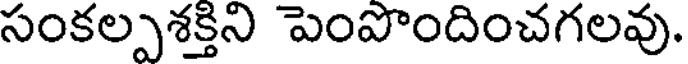
సంకల్పశక్తిని పెంపొందించగలవు.